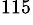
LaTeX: ^{115}